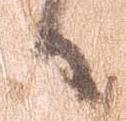
日